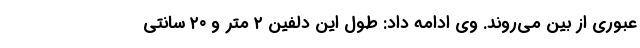
عبوری از بین می‌روند. وی ادامه داد: طول این دلفین ۲ متر و ۲۰ سانتی